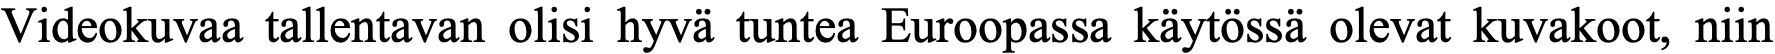
Videokuvaa tallentavan olisi hyvä tuntea Euroopassa käytössä olevat kuvakoot, niin